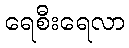
ရေစီးရေလာ